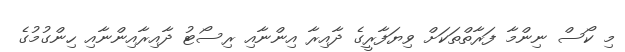
މި ކޯސް ނިންމާ ފަރާތްތަކަށް ވިޔަފާރީގެ ދާއިރާ އިންނާއި ރިސޯޓު ދާއިރާއިންނާއި ހިންގުމުގެ